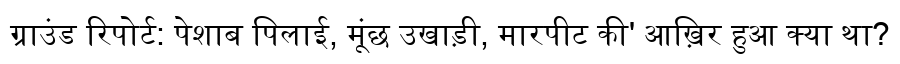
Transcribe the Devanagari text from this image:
ग्राउंड रिपोर्ट: पेशाब पिलाई, मूंछ उखाड़ी, मारपीट की' आख़िर हुआ क्या था?